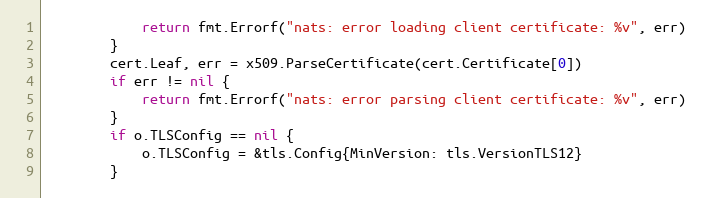
Language: Go
			return fmt.Errorf("nats: error loading client certificate: %v", err)
		}
		cert.Leaf, err = x509.ParseCertificate(cert.Certificate[0])
		if err != nil {
			return fmt.Errorf("nats: error parsing client certificate: %v", err)
		}
		if o.TLSConfig == nil {
			o.TLSConfig = &tls.Config{MinVersion: tls.VersionTLS12}
		}